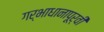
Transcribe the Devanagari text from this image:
गर्भाधानापूर्वी